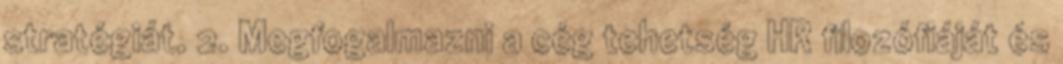
stratégiát. 2. Megfogalmazni a cég tehetség HR filozófiáját és